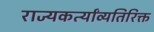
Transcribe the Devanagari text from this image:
राज्यकर्त्यांव्यतिरिक्त